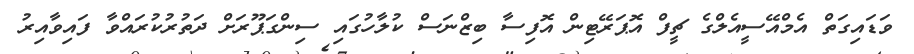
ވަޑައިގަތް އެމްއޭސީއެލްގެ ޗީފް އޮޕަރޭޓިން އޮފިސާ ބިޒްނަސް ކުލާހުގައި ސިންގަޕޫރަށް ދަތުރުކުރައްވާ ފައިވާއިރު